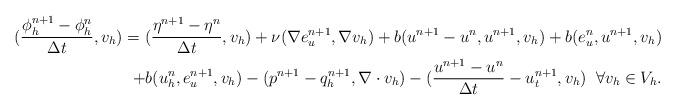
LaTeX: \begin{align*}(\frac{\phi^{n+1}_{h}-\phi^{n}_{h}}{\Delta t},v_{h}) = (\frac{\eta^{n+1}-\eta^{n}}{\Delta t},v_{h}) + \nu(\nabla e^{n+1}_{u},\nabla v_{h}) + b(u^{n+1}-u^{n},u^{n+1},v_{h}) + b(e^{n}_{u},u^{n+1},v_{h})\\ + b(u^{n}_{h},e^{n+1}_{u},v_{h}) - (p^{n+1}-q^{n+1}_{h},\nabla \cdot v_{h}) - (\frac{u^{n+1}-u^{n}}{\Delta t}-u^{n+1}_{t},v_{h}) \; \; \forall v_{h} \in V_{h}.\end{align*}